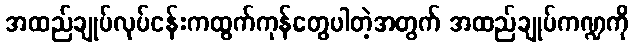
အထည်ချုပ်လုပ်ငန်းကထွက်ကုန်တွေပါတဲ့အတွက် အထည်ချုပ်ကဏ္ဍကို